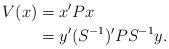
LaTeX: \begin{align*}V(x)&=x'Px\\ &= y' (S^{-1})' P S^{-1} y.\end{align*}